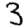
Digit: 3